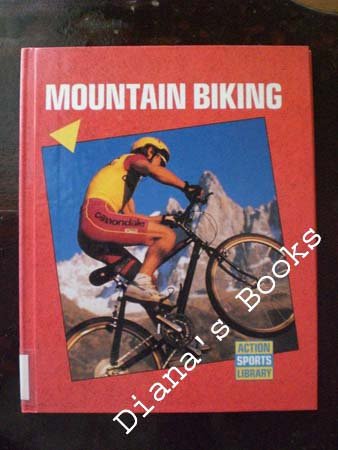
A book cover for Mountain Biking (Action Sports Library); Bob Italia; Children's Books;